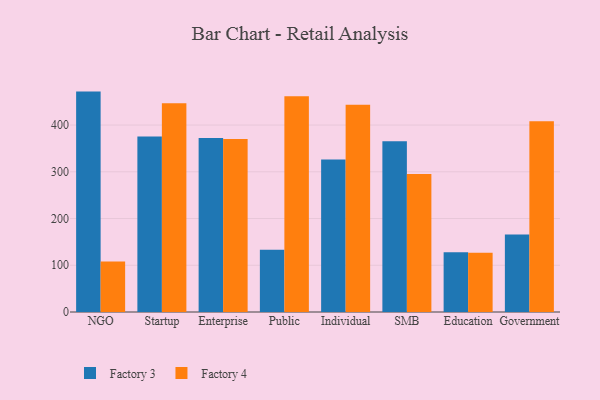
{"axis": {"x": "Segment", "y": "Headcount"}, "legend": ["Factory 3", "Factory 4"], "data": [{"x": "NGO", "y": 471.6, "type": "Factory 3"}, {"x": "NGO", "y": 108.3, "type": "Factory 4"}, {"x": "Startup", "y": 375.3, "type": "Factory 3"}, {"x": "Startup", "y": 446.7, "type": "Factory 4"}, {"x": "Enterprise", "y": 372.4, "type": "Factory 3"}, {"x": "Enterprise", "y": 370.3, "type": "Factory 4"}, {"x": "Public", "y": 133.0, "type": "Factory 3"}, {"x": "Public", "y": 461.9, "type": "Factory 4"}, {"x": "Individual", "y": 326.1, "type": "Factory 3"}, {"x": "Individual", "y": 443.2, "type": "Factory 4"}, {"x": "SMB", "y": 365.4, "type": "Factory 3"}, {"x": "SMB", "y": 295.1, "type": "Factory 4"}, {"x": "Education", "y": 127.6, "type": "Factory 3"}, {"x": "Education", "y": 126.6, "type": "Factory 4"}, {"x": "Government", "y": 165.7, "type": "Factory 3"}, {"x": "Government", "y": 408.3, "type": "Factory 4"}]}